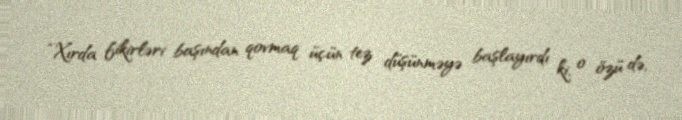
“Xırda fikirləri başından qovmaq üçün tez düşünməyə başlayırdı ki, o özü də,